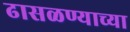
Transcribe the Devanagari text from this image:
ढासळण्याच्या